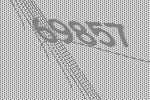
69857